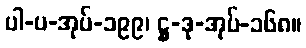
ပါ-ပ-အုပ်-၁၉၉၊ ဋ္ဌ-ဒု-အုပ်-၁၆၈။